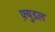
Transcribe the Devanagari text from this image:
फ़्युडल